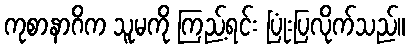
ကုစာနာဂိက သူမကို ကြည့်ရင်း ပြုံးပြလိုက်သည်။